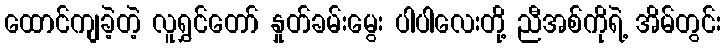
ထောင်ကျခဲ့တဲ့ လူရွှင်တော် နှုတ်ခမ်းမွေး ပါပါလေးတို့ ညီအစ်ကိုရဲ့ အိမ်တွင်း